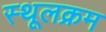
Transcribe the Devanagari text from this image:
स्थूलक्रम